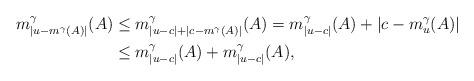
LaTeX: \begin{align*}m_{|u-m^{\gamma}(A)|}^{\gamma}(A) &\leq m_{|u- c| + |c-m^{\gamma}(A)|}^{\gamma}(A) = m_{|u-c|}^{\gamma}(A) + |c - m_u^{\gamma}(A)| \\&\leq m_{|u-c|}^{\gamma}(A) + m_{|u-c|}^{\gamma}(A),\end{align*}